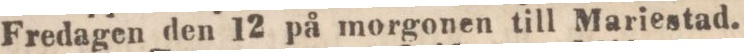
Fredagen den 12 på morgonen till Mariestad.